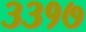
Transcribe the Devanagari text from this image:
३३१७